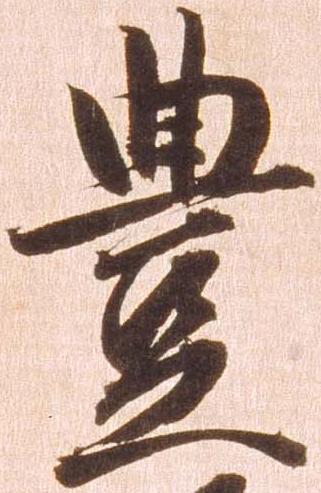
豊